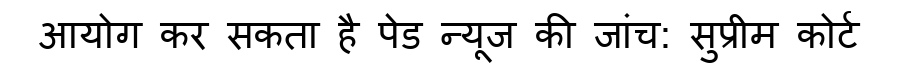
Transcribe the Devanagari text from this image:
आयोग कर सकता है पेड न्यूज की जांच: सुप्रीम कोर्ट